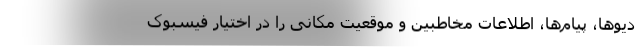
دیو‌ها، پیام‌ها، اطلاعات مخاطبین و موقعیت مکانی را در اختیار فیسبوک